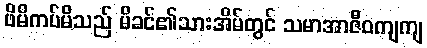
ဖိမိကပ်မိသည် မိခင်၏သားအိမ်တွင် သမာအာဇီဝကျကျ